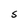
Character: S